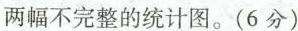
两幅不完整的统计图。(6分)